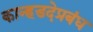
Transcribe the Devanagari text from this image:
कान्हडदेप्रबंध